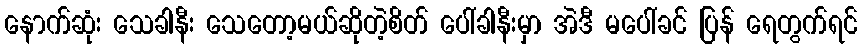
နောက်ဆုံး သေခါနီး သေတော့မယ်ဆိုတဲ့စိတ် ပေါ်ခါနီးမှာ အဲဒီ မပေါ်ခင် ပြန် ရေတွက်ရင်